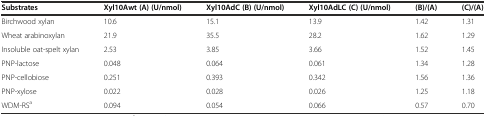
<table><thead><tr><td><b>Substrates</b></td><td><b>Xyl10Awt (A) (U/nmol)</b></td><td><b>Xyl10AdC (B) (U/nmol)</b></td><td><b>Xyl10AdLC (C) (U/nmol)</b></td><td><b>(B)/(A)</b></td><td><b>(C)/(A)</b></td></tr></thead><tbody><tr><td>Birchwood xylan</td><td>10.6</td><td>15.1</td><td>13.9</td><td>1.42</td><td>1.31</td></tr><tr><td>Wheat arabinoxylan</td><td>21.9</td><td>35.5</td><td>28.2</td><td>1.62</td><td>1.29</td></tr><tr><td>Insoluble oat-spelt xylan</td><td>2.53</td><td>3.85</td><td>3.66</td><td>1.52</td><td>1.45</td></tr><tr><td>PNP-lactose</td><td>0.048</td><td>0.064</td><td>0.061</td><td>1.34</td><td>1.28</td></tr><tr><td>PNP-cellobiose</td><td>0.251</td><td>0.393</td><td>0.342</td><td>1.56</td><td>1.36</td></tr><tr><td>PNP-xylose</td><td>0.022</td><td>0.028</td><td>0.026</td><td>1.25</td><td>1.18</td></tr><tr><td>WDM-RS<sup>a</sup></td><td>0.094</td><td>0.054</td><td>0.066</td><td>0.57</td><td>0.70</td></tr></tbody></table>